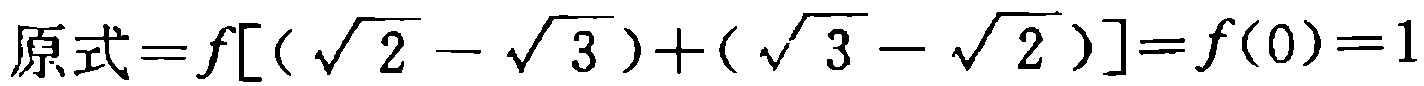
原式\(=f[(\sqrt{2}-\sqrt{3})+(\sqrt{3}-\sqrt{2})]=f(0)=1\)